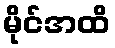
မိုင်အထိ